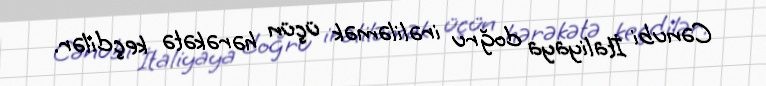
Cənubi İtaliyaya doğru irəliləmək üçün hərəkətə keçdilər.